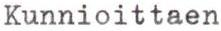
Kunnioittaen